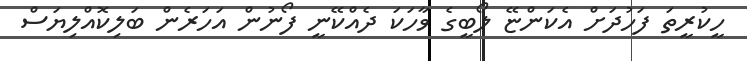
ހީކުރީތަ ފަހުދަށް އެކަންޏޭ ލޯބީގެ ވާހަކަ ދެއްކޭނީ ފޯނުން އަހަރެން ބަލިކޮއްލިޔަސް